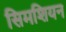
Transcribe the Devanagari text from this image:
सिमशियन